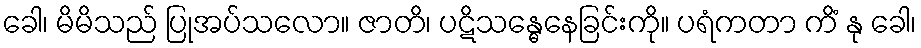
ခေါ၊ မိမိသည် ပြုအပ်သလော။ ဇာတိ၊ ပဋိသန္ဓေနေခြင်းကို။ ပရံကတာ ကိံ နု ခေါ၊